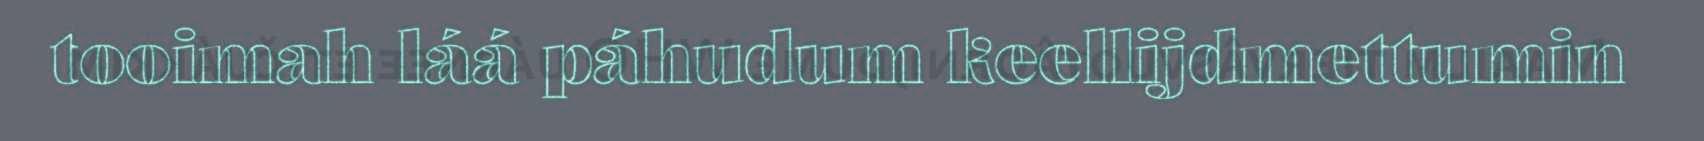
tooimah láá páhudum keellijdmettumin